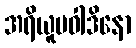
အရိယူပဝါဒိနော